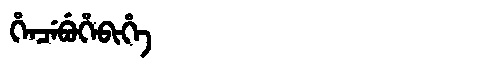
Manchu: ᡥᡝᠨᠴᡝᠪᡠᡥᡝᠪᡳᡥᡝ
Romanization: HENCEBUHEBIHE